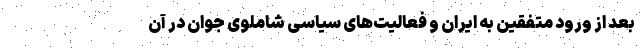
بعد از ورود متفقین به ایران و فعالیت‌های سیاسی شاملوی جوان در آن